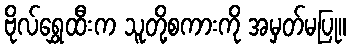
ဗိုလ်ရွှေထီးက သူတို့စကားကို အမှတ်မပြု။